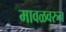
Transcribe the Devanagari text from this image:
मावळवरुन